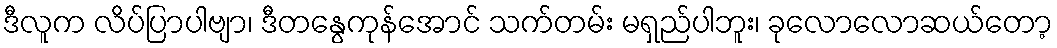
ဒီလူက လိပ်ပြာပါဗျာ၊ ဒီတနွေကုန်အောင် သက်တမ်း မရှည်ပါဘူး၊ ခုလောလောဆယ်တော့